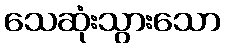
သေဆုံးသွားသော